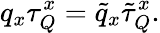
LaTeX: q_{x}\tau_{Q}^{x}=\tilde{q}_{x}\tilde{\tau}_{Q}^{x}.